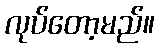
လုပ်တော့မည်။